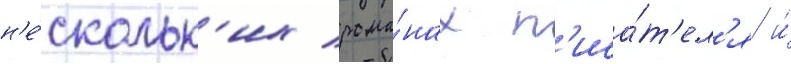
н'е́скольк'их рома́нах п'иса́т'ел'я и́